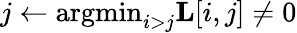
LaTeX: j\gets\mathrm{argmin}_{i>j}\mathbf{L}[i,j]\neq 0